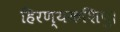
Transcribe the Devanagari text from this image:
हिरण्यकशिपु।